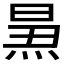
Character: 𱫕